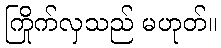
ကြိုက်လှသည် မဟုတ်။